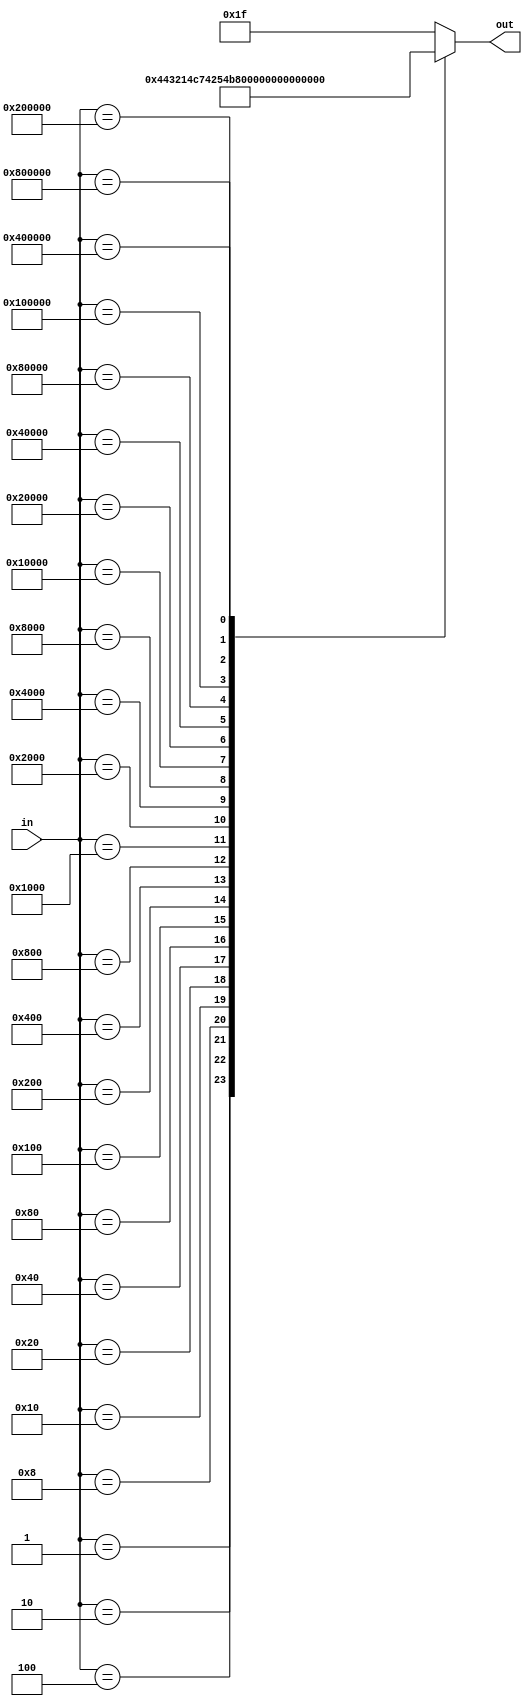
`timescale 1ns/10ps
module encoder_32_5(input wire [31:0] in, output reg [4:0] out);

	always @(*)
	begin
		case(in)
		
			//Based of Input, turn on respective bits
			//All HIGH == no select
			31'h00000001 : out = 5'b00000;	//r0
			31'h00000002 : out = 5'b00001;	//r1
			31'h00000004 : out = 5'b00010;	//r2
			31'h00000008 : out = 5'b00011;	//r3
			31'h00000010 : out = 5'b00100;	//r4
			31'h00000020 : out = 5'b00101;	//r5
			31'h00000040 : out = 5'b00110;	//r6
			31'h00000080 : out = 5'b00111;	//r7
			31'h00000100 : out = 5'b01000;	//r8
			31'h00000200 : out = 5'b01001;	//r9
			31'h00000400 : out = 5'b01010;	//r10
			31'h00000800 : out = 5'b01011;	//r11
			31'h00001000 : out = 5'b01100;	//r12
			31'h00002000 : out = 5'b01101;	//r13
			31'h00004000 : out = 5'b01110;	//r14
			31'h00008000 : out = 5'b01111;	//r15
			31'h00010000 : out = 5'b10000;	//high
			31'h00020000 : out = 5'b10001;	//low
			31'h00040000 : out = 5'b10010;	//zhigh
			31'h00080000 : out = 5'b10011;	//zlow
			31'h00100000 : out = 5'b10100;	//pc
			31'h00200000 : out = 5'b10101;	//mdr
			31'h00400000 : out = 5'b10110;	//port
			31'h00800000 : out = 5'b10111;	//sign
			default 		 : out = 5'b11111;	
			
		endcase
	
	end

endmodule